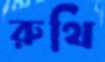
রুথি